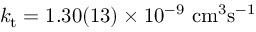
k _ { \mathrm { t } } = 1 . 3 0 ( 1 3 ) \times 1 0 ^ { - 9 } ~ \mathrm { c m ^ { 3 } s ^ { - 1 } }